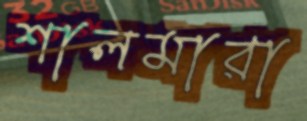
শালমারা